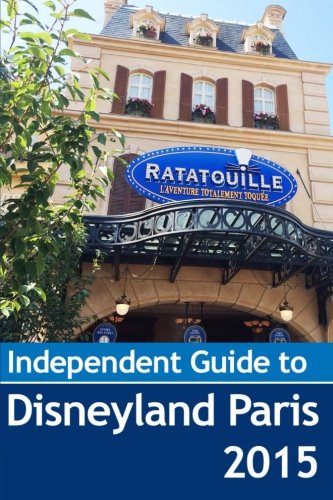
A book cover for The Independent Guide to Disneyland Paris 2015 (Independent Guides); John Coast; Travel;